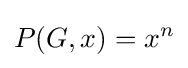
P(G,x)=x^{n}